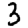
Digit: 3